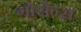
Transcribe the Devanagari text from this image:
गोसेन्स